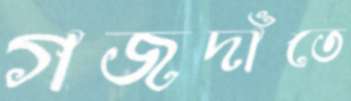
গজদাঁতে